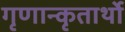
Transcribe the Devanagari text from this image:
गृणान्कृतार्थो